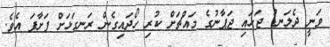
ވަނީ ދެލަނޑު ޖަހައި ޖަޕާނުގެ މައްޗަށް ކުރި ހޯދައިގެން ރަނގަޅަށް ފަށާފަ އެވެ.